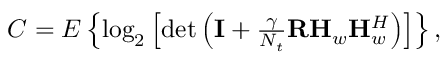
\begin{array} { r } { C = E \left\{ \log _ { 2 } \left[ \operatorname* { d e t } \left( \mathbf { I } + \frac { \gamma } { N _ { t } } \mathbf { R } \mathbf { H } _ { w } \mathbf { H } _ { w } ^ { H } \right) \right] \right\} , } \end{array}